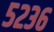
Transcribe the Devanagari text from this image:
५२३६